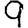
Digit: 9